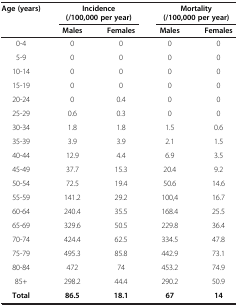
<table><thead><tr><td><b>Age (years)</b></td><td colspan="2"><b>Incidence (/100,000 per year)</b></td><td colspan="2"><b>Mortality (/100,000 per year)</b></td></tr><tr><td><b> </b></td><td><b>Males</b></td><td><b>Females</b></td><td><b>Males</b></td><td><b>Females</b></td></tr></thead><tbody><tr><td>0-4</td><td>0</td><td>0</td><td>0</td><td>0</td></tr><tr><td>5-9</td><td>0</td><td>0</td><td>0</td><td>0</td></tr><tr><td>10-14</td><td>0</td><td>0</td><td>0</td><td>0</td></tr><tr><td>15-19</td><td>0</td><td>0</td><td>0</td><td>0</td></tr><tr><td>20-24</td><td>0</td><td>0.4</td><td>0</td><td>0</td></tr><tr><td>25-29</td><td>0.6</td><td>0.3</td><td>0</td><td>0</td></tr><tr><td>30-34</td><td>1.8</td><td>1.8</td><td>1.5</td><td>0.6</td></tr><tr><td>35-39</td><td>3.9</td><td>3.9</td><td>2.1</td><td>1.5</td></tr><tr><td>40-44</td><td>12.9</td><td>4.4</td><td>6.9</td><td>3.5</td></tr><tr><td>45-49</td><td>37.7</td><td>15.3</td><td>20.4</td><td>9.2</td></tr><tr><td>50-54</td><td>72.5</td><td>19.4</td><td>50.6</td><td>14.6</td></tr><tr><td>55-59</td><td>141.2</td><td>29.2</td><td>100,4</td><td>16.7</td></tr><tr><td>60-64</td><td>240.4</td><td>35.5</td><td>168.4</td><td>25.5</td></tr><tr><td>65-69</td><td>329.6</td><td>50.5</td><td>229.8</td><td>36.4</td></tr><tr><td>70-74</td><td>424.4</td><td>62.5</td><td>334.5</td><td>47.8</td></tr><tr><td>75-79</td><td>495.3</td><td>85.8</td><td>442.9</td><td>73.1</td></tr><tr><td>80-84</td><td>472</td><td>74</td><td>453.2</td><td>74.9</td></tr><tr><td>85+</td><td>298.2</td><td>44.4</td><td>290.2</td><td>50.9</td></tr><tr><td><b>Total</b></td><td><b>86.5</b></td><td><b>18.1</b></td><td><b>67</b></td><td><b>14</b></td></tr></tbody></table>